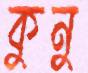
কুনু